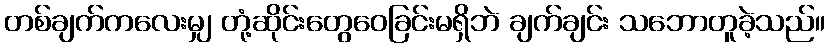
တစ်ချက်ကလေးမျှ တုံ့ဆိုင်းတွေဝေခြင်းမရှိဘဲ ချက်ချင်း သဘောတူခဲ့သည်။